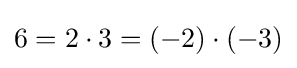
6=2\cdot 3=(-2)\cdot (-3)